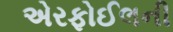
એરફોઈલની